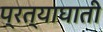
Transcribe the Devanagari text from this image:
प्रत्याघाती